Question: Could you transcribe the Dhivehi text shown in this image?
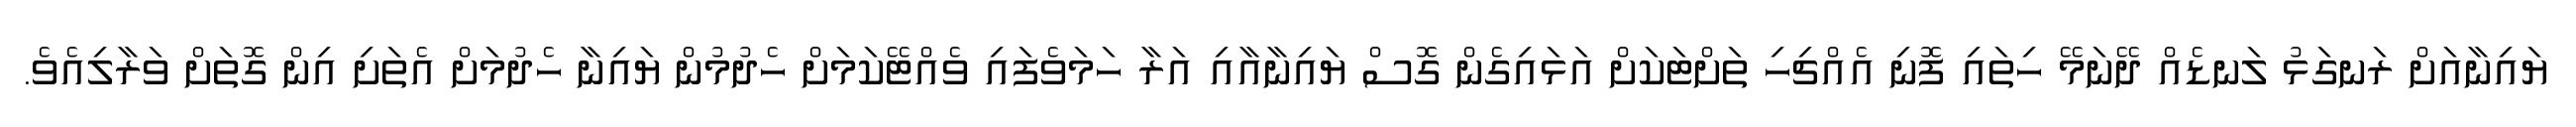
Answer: ޔައިނާއަށް ރަނގަޅު ލަނޑެއް ދޭނަމޭ ހިތައި ފޮނި އެއްޗިހި ތަށްޓަކަށް އަޅައިގެން ގޮސް ޔައިނާއާއި އަރާ ހަމަވެފައި ވެއްޓޭކަމަށް ހެދުމުން ޔައިނާ ހެދުމަށް އެތަށި އިން ގޮތަށް ވަރާލިއެވެ.